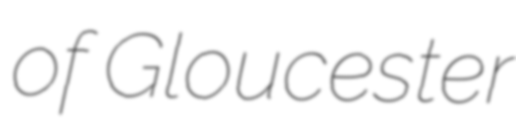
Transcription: of Gloucester